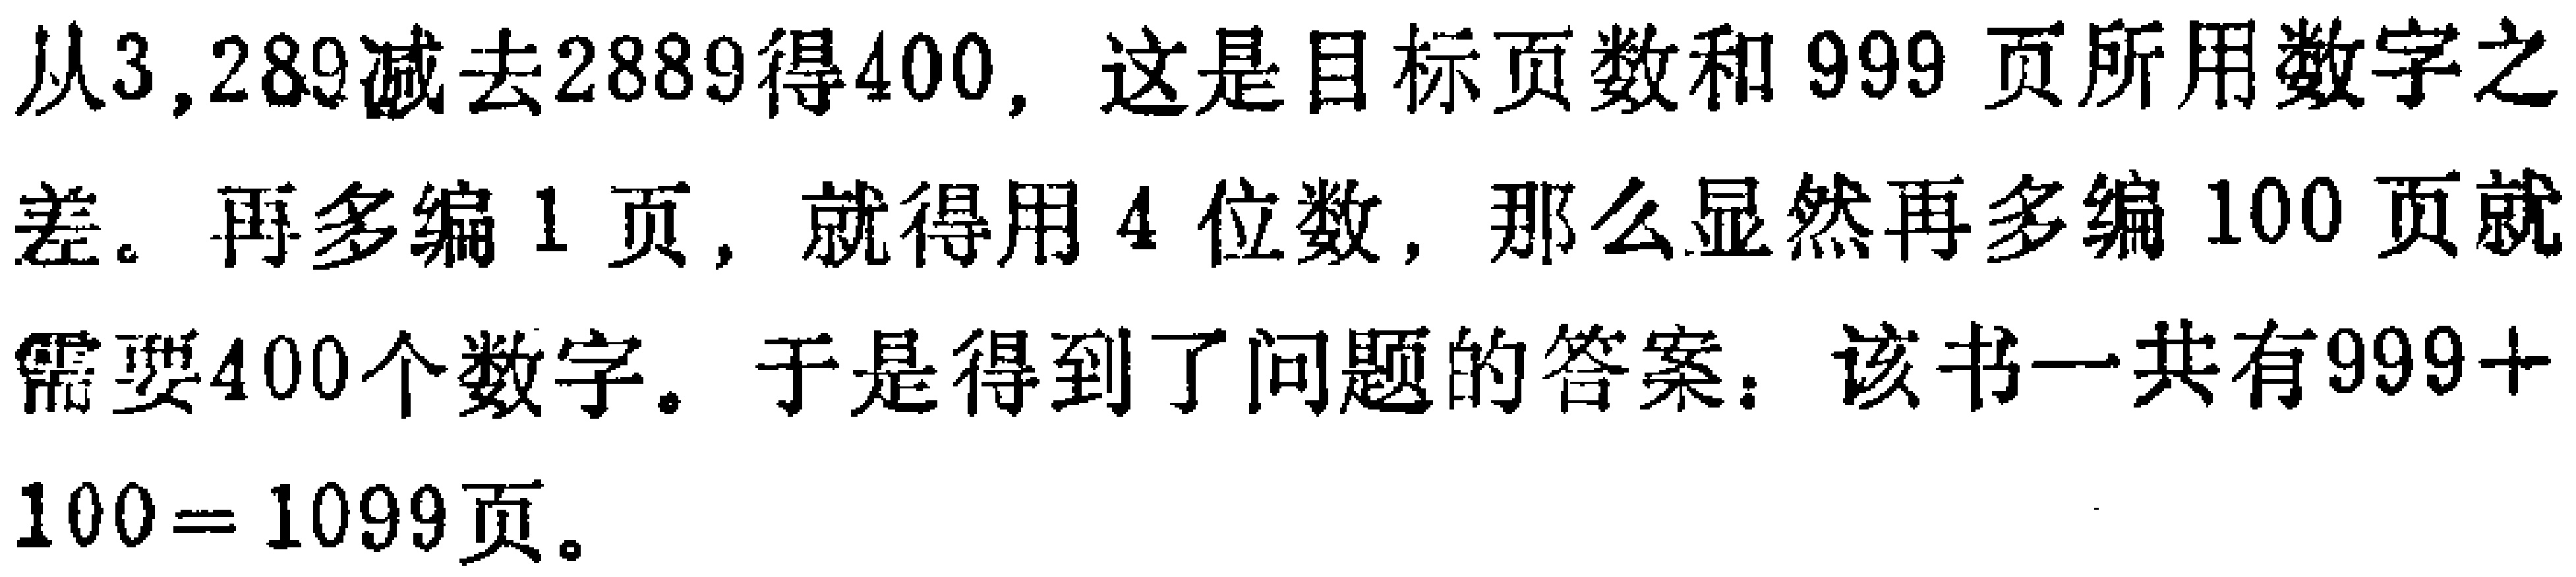
从\(3,289\)减去\(2889\)得\(400\)，这是目标页数和\(999\)页所用数字之差。再多编\(1\)页，就得用\(4\)位数，那么显然再多编\(100\)页就需要\(400\)个数字。于是得到了问题的答案：该书一共有\(999 + 100 = 1099\)页。